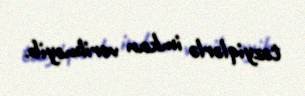
təzyiqlərlə imkan verilməyib.